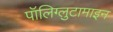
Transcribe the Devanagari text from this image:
पॉलिग्लुटामाइन